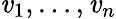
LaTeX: \mathit{v}_{1},\dots,\mathit{v}_{n}